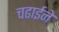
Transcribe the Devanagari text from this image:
चढाईने